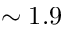
\sim 1 . 9